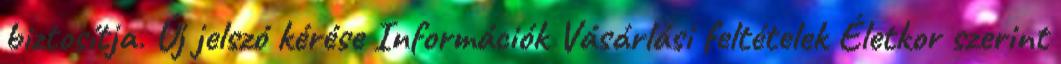
biztosítja. Új jelszó kérése Információk Vásárlási feltételek Életkor szerint